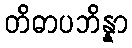
တိဓာပဘိန္နာ